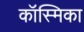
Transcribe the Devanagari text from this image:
कॉस्मिका